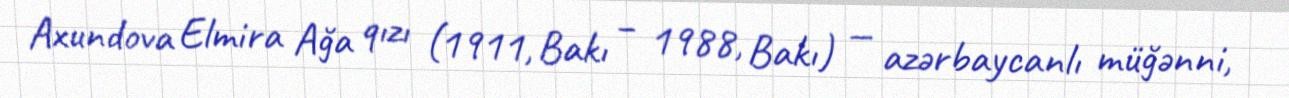
Axundova Elmira Ağa qızı (1911, Bakı – 1988, Bakı) — azərbaycanlı müğənni,